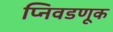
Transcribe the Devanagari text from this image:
प्निवडणूक